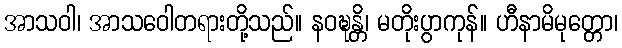
အာသဝါ၊ အာသဝေါတရားတို့သည်။ နဝဍ္ဎန္တိ၊ မတိုးပွာကုန်။ ဟီနာမိမုတ္တော၊